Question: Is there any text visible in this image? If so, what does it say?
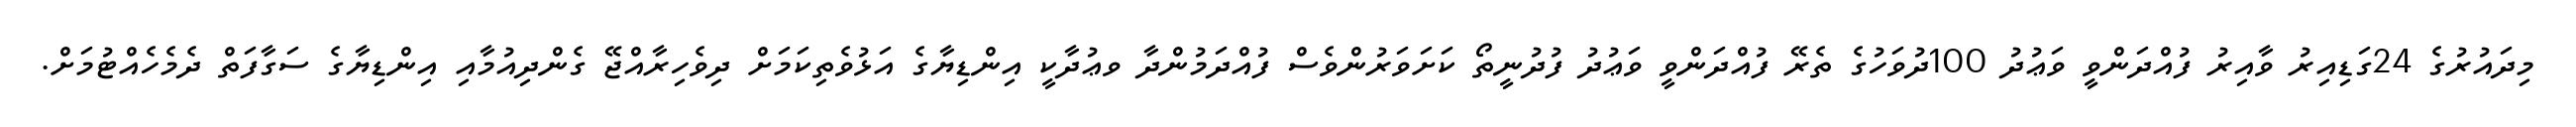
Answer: މިދައުރުގެ 24ގަޑިއިރު ވާއިރު ފުއްދަންވީ ވަޢުދު 100ދުވަހުގެ ތެރޭ ފުއްދަންވީ ވަޢުދު ފުދުނީތޯ ކަށަވަރުންވެސް ފުއްދަމުންދާ ވޢުދާކީ އިންޑިޔާގެ އަޅުވެތިކަމަށް ދިވެހިރާއްޖޭ ގެންދިއުމާއި އިންޑިޔާގެ ސަގާފަތް ދެމެހެއްޓުމަށް.